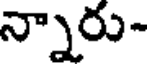
న్నారు-